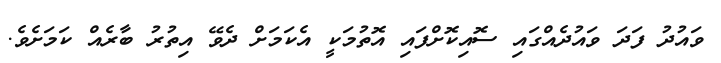
ވައުދު ފަދަ ވައުދެއްގައި ސޮއިކޮށްފައި އޮތުމަކީ އެކަމަށް ދެވޭ އިތުރު ބާރެއް ކަމަށެވެ.